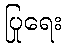
ပြုရေး